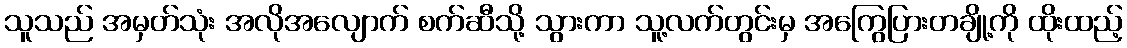
သူသည် အမှတ်သုံး အလိုအလျောက် စက်ဆီသို့ သွားကာ သူ့လက်တွင်းမှ အကြွေပြားတချို့ကို ထိုးထည့်